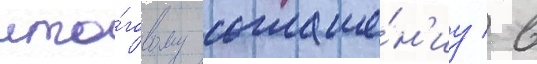
ито́говому соглаше́н'иу / в